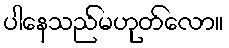
ပါနေသည်မဟုတ်လော။